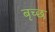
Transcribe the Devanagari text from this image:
बृच्‍छ